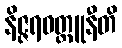
နိဇ္ဇရဝတ္ထူနီတိ